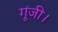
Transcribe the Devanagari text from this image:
गूंजी।